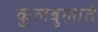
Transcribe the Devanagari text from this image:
कुलबुलाते